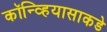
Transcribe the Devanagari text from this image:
कॉन्व्हियासाकडे